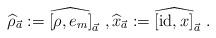
LaTeX: \begin{align*}\widehat\rho_{\vec a} := \widehat{[\rho,e_m]}_{\vec a}\ ,\widehat x_{\vec a} := \widehat{[\mathrm{id},x]}_{\vec a}\ .\end{align*}